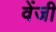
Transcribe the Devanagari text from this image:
वेंजी